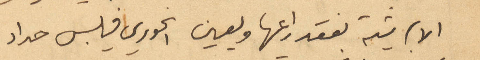
الأبرشية بفقدانها ويعين الخوري فيلبس حداد